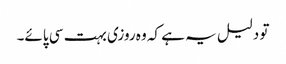
تو دلیل یہ ہے کہ وہ روزی بہت سی پائے۔